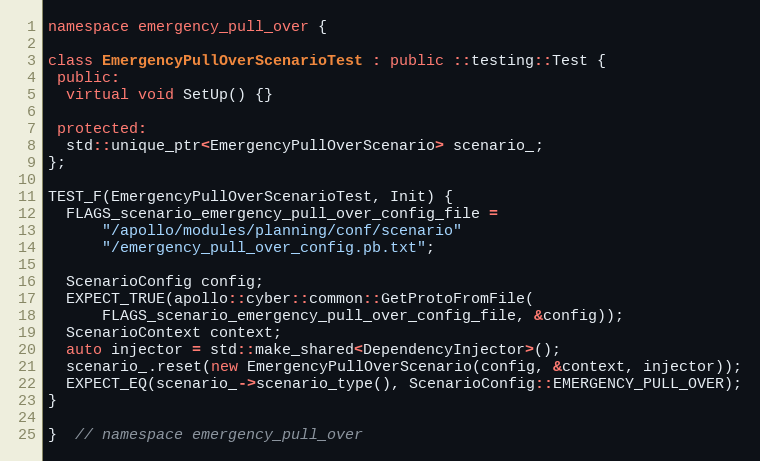
Language: C++
namespace emergency_pull_over {

class EmergencyPullOverScenarioTest : public ::testing::Test {
 public:
  virtual void SetUp() {}

 protected:
  std::unique_ptr<EmergencyPullOverScenario> scenario_;
};

TEST_F(EmergencyPullOverScenarioTest, Init) {
  FLAGS_scenario_emergency_pull_over_config_file =
      "/apollo/modules/planning/conf/scenario"
      "/emergency_pull_over_config.pb.txt";

  ScenarioConfig config;
  EXPECT_TRUE(apollo::cyber::common::GetProtoFromFile(
      FLAGS_scenario_emergency_pull_over_config_file, &config));
  ScenarioContext context;
  auto injector = std::make_shared<DependencyInjector>();
  scenario_.reset(new EmergencyPullOverScenario(config, &context, injector));
  EXPECT_EQ(scenario_->scenario_type(), ScenarioConfig::EMERGENCY_PULL_OVER);
}

}  // namespace emergency_pull_over